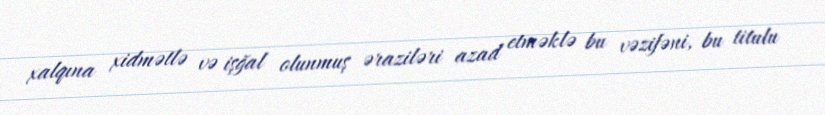
xalqına xidmətlə və işğal olunmuş əraziləri azad etməklə bu vəzifəni, bu titulu